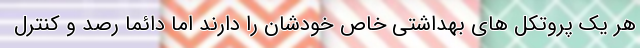
هر یک پروتکل های بهداشتی خاص خودشان را دارند اما دائما رصد و کنترل